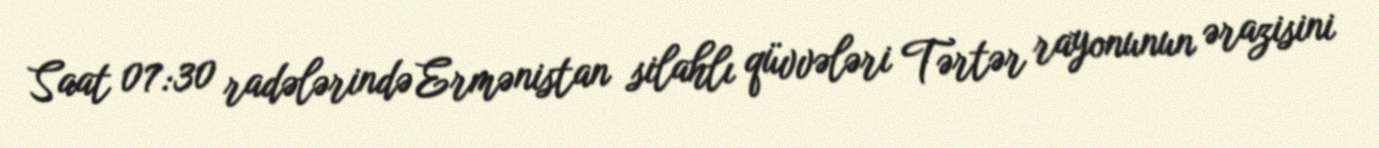
Saat 07:30 radələrində Ermənistan silahlı qüvvələri Tərtər rayonunun ərazisini